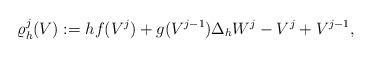
LaTeX: \begin{align*} \varrho^j_h(V) := h f(V^j) + g(V^{j-1}) \Delta_h W^j - V^{j} + V^{j-1},\end{align*}